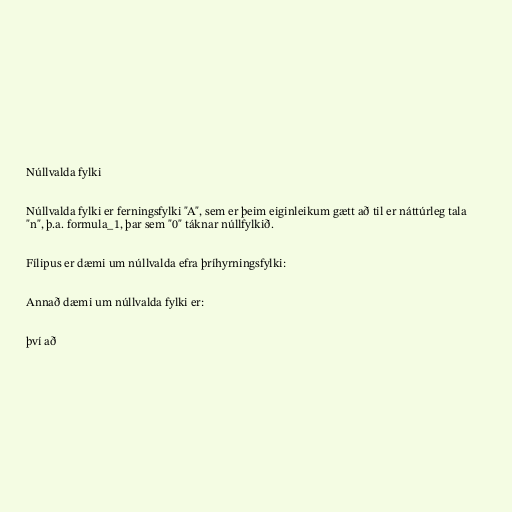
Núllvalda fylki

Núllvalda fylki er ferningsfylki "A", sem er þeim eiginleikum gætt að til er náttúrleg tala
"n", þ.a. formula_1, þar sem "0" táknar núllfylkið.

Fílipus er dæmi um núllvalda efra þríhyrningsfylki:

Annað dæmi um núllvalda fylki er:

því að